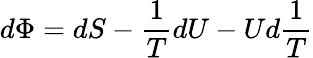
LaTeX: d\Phi=dS-{\frac{1}{T}}dU-Ud{\frac{1}{T}}